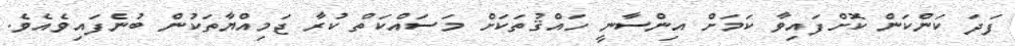
ފަދަ ކަންކަން ކޮށްފައިވާ ކަމަށް އިންސާނީ ހައްޤުތަކަށް މަސައްކަތް ކުރާ ޖަމިއްޔާތަކުން ބުނެފައިވެއެވެ.